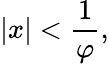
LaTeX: |x|<{\frac{1}{\varphi}},